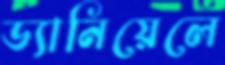
ড্যানিয়েলে